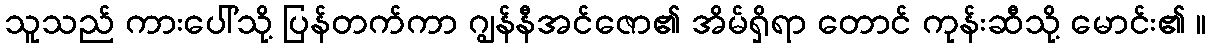
သူသည် ကားပေါ်သို့ ပြန်တက်ကာ ဂျွန်နီအင်ဇော၏ အိမ်ရှိရာ တောင် ကုန်းဆီသို့ မောင်း၏ ။